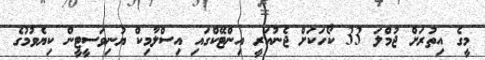
މީގެ އިތުރަށް ޖުމްލަ 33 ކޯހަކަށް ޖެނުއަރީ އިންޓޭކްގައި އިސްލާމިކް ޔުނިވަސީޓީން ކިޔެވުމުގެ